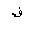
Letter: _fa